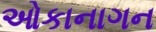
ઓકાનાગન